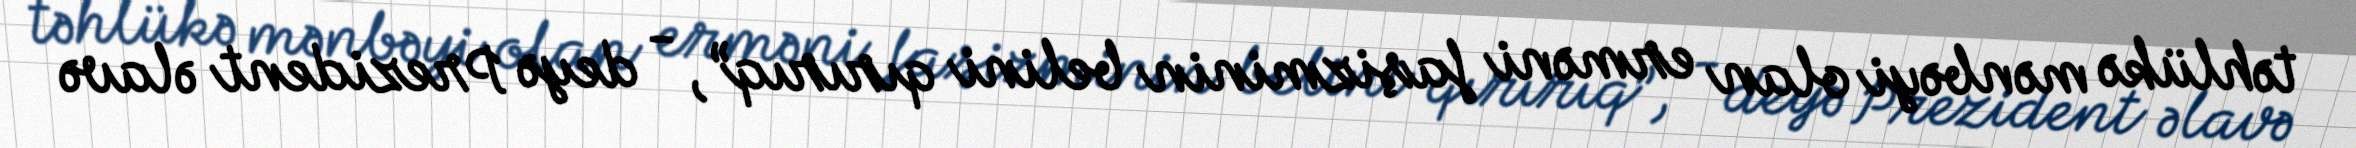
təhlükə mənbəyi olan erməni faşizminin belini qırırıq”, - deyə Prezident əlavə